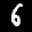
Label: 6